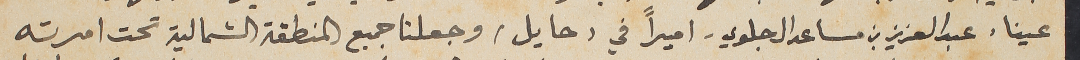
عينا، عبد العزيز بن مساعد ال جلوي - اميراً في (حايل) وجعلنا جميع المنطقة الشمالية تحت امرته